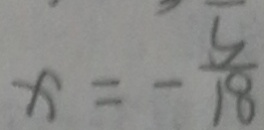
x = - \frac { 5 } { 1 8 }